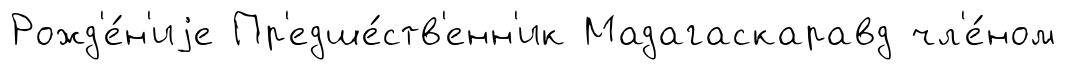
Рожд'е́н'иjе Пр'едше́ств'енн'ик Мадагаскаравд чл'е́ном